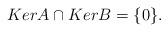
LaTeX: \begin{align*}KerA\cap KerB=\{0\}.\end{align*}